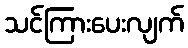
သင်ကြားပေးလျက်